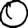
Digit: 0